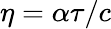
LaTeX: \eta=\alpha\tau/c